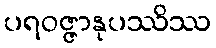
ပရဝဇ္ဇာနုပဿိဿ